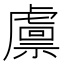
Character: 𧇴